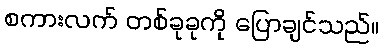
စကားလက် တစ်ခုခုကို ပြောချင်သည်။